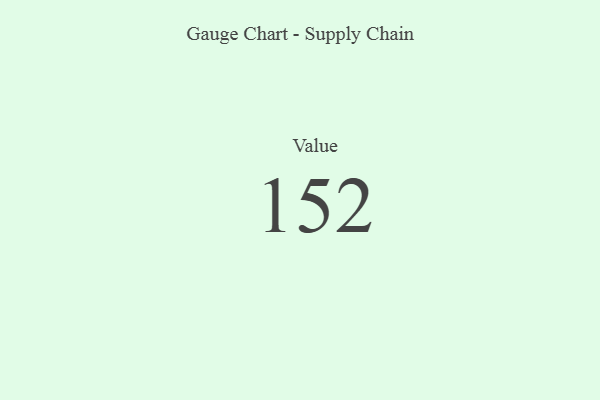
{"axis": {"x": "Metric", "y": "Value"}, "legend": [""], "data": [{"x": "Value", "y": 152, "type": ""}]}